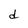
Character: d